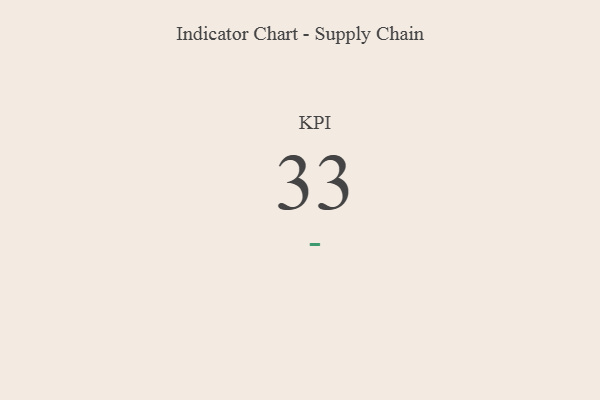
{"axis": {"x": "KPI", "y": "Value"}, "legend": [""], "data": [{"x": "KPI", "y": 33, "type": ""}]}